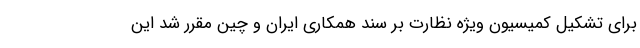
برای تشکیل کمیسیون ویژه نظارت بر سند همکاری ایران و چین مقرر شد این